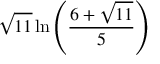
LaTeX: { \sqrt { 1 1 } } \ln \left( { \frac { 6 + { \sqrt { 1 1 } } } { 5 } } \right)